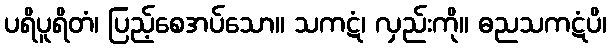
ပရိပူရိတံ၊ ပြည့်စေအပ်သော။ သကဋံ၊ လှည်းကို။ ဓညသကဋံပိ၊